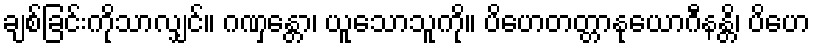
ချစ်ခြင်းကိုသာလျှင်။ ဂဏှန္တော၊ ယူသောသူကို။ ပိဟေတတ္တာနုယောဂီနန္တိ၊ ပိဟေ